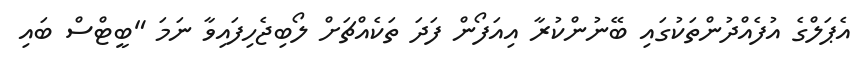
އެޕަލްގެ އުފެއްދުންތަކުގައި ބޭނުންކުރާ އިއަފޯން ފަދަ ތަކެއްޗަށް ލޯބިޖެހިފައިވާ ނަމަ "ބީޓްސް ބައި